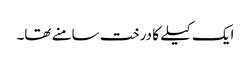
ایک کیلے کا درخت سامنے تھا۔